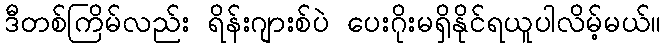
ဒီတစ်ကြိမ်လည်း ရိန်းဂျားစ်ပဲ ပေးဂိုးမရှိနိုင်ရယူပါလိမ့်မယ်။